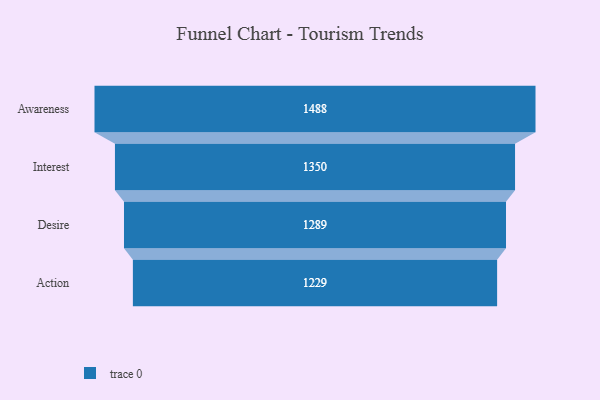
{"axis": {"x": "Stage", "y": "Value"}, "legend": [""], "data": [{"x": "Awareness", "y": 1488.0, "type": ""}, {"x": "Interest", "y": 1350.0, "type": ""}, {"x": "Desire", "y": 1289.0, "type": ""}, {"x": "Action", "y": 1229.0, "type": ""}]}